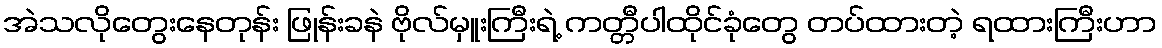
အဲသလိုတွေးနေတုန်း ဖြုန်းခနဲ ဗိုလ်မှူးကြီးရဲ့ ကတ္တီပါထိုင်ခုံတွေ တပ်ထားတဲ့ ရထားကြီးဟာ